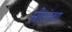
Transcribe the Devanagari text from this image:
स्त्रीसंस्था